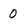
Character: 0